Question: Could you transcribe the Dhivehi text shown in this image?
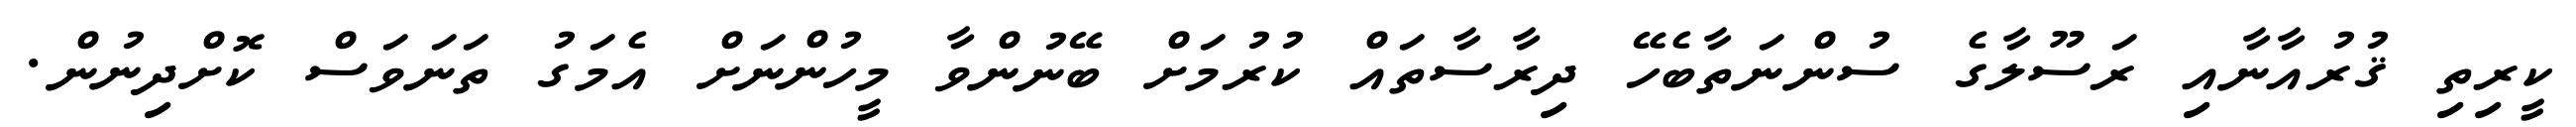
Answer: ކީރިތި ޤުރުއާނާއި ރަސޫލާގެ ސުންނަތާބެހޭ ދިރާސާތައް ކުރުމަށް ބޭނުންވާ މީހުންނަށް އެމަގު ތަނަވަސް ކޮށްދިނުން.